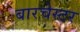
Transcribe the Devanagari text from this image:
बारचेस्टर